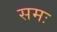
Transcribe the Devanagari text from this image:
समः